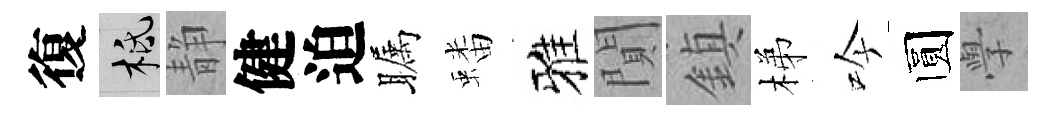
復柢静健迫瞩蟠雅閴鎮梯吟圆𭓕